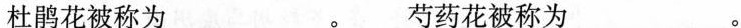
杜鹃花被称为 。芍药花被称为 。